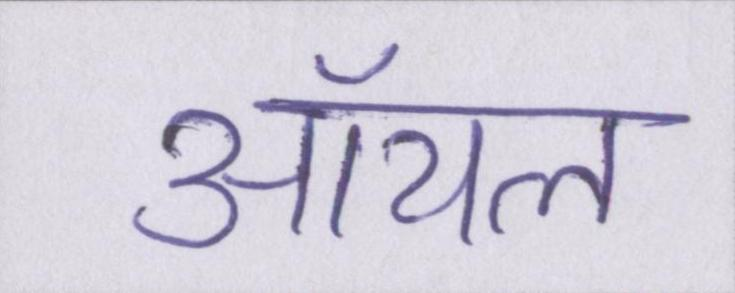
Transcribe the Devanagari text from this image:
ऑयल